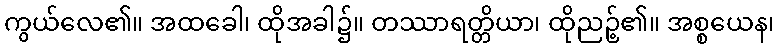
ကွယ်လေ၏။ အထခေါ၊ ထိုအခါ၌။ တဿာရတ္တိယာ၊ ထိုညဉ့်၏။ အစ္စယေန၊